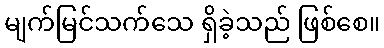
မျက်မြင်သက်သေ ရှိခဲ့သည် ဖြစ်စေ။